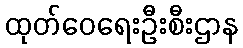
ထုတ်ဝေရေးဦးစီးဌာန